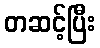
တဆင့်ပြီး